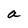
Character: a